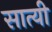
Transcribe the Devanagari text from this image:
सात्यी